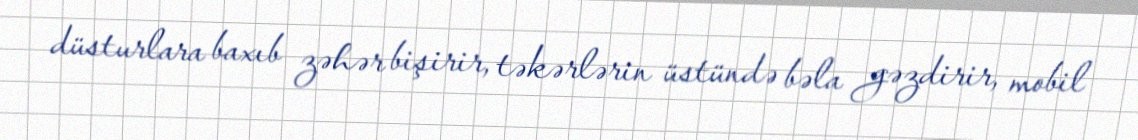
düsturlara baxıb zəhər bişirir, təkərlərin üstündə bəla gəzdirir, mobil